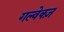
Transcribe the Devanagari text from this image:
गल्वेक्ज़